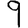
Digit: 9